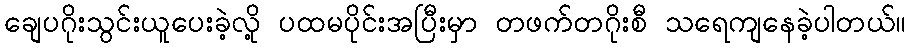
ချေပဂိုးသွင်းယူပေးခဲ့လို့ ပထမပိုင်းအပြီးမှာ တဖက်တဂိုးစီ သရေကျနေခဲ့ပါတယ်။